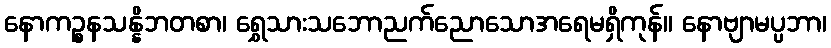
နောကဉ္စနသန္နိဘတစာ၊ ရွှေသားသဘောညက်ညောသောအရေမရှိကုန်။ နောဗျာမပ္ပဘာ၊